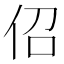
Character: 佋